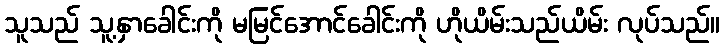
သူသည် သူ့နှာခေါင်းကို မမြင်အောင်ခေါင်းကို ဟိုယိမ်းသည်ယိမ်း လုပ်သည်။